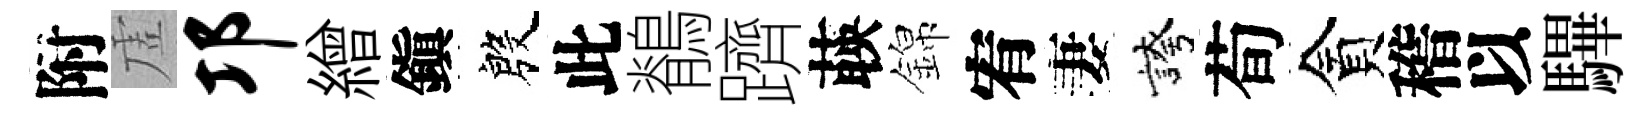
附虗邛繒鎭殷此鶺躋𦴤錦宥妻誇荀貪稽以驆